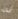
له